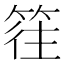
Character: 𥯂